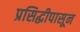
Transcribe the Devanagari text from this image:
प्रसिद्धीपासून